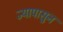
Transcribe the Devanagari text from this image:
ज्यापासुन